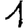
Digit: 1